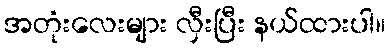
အတုံးလေးများ လှီးပြီး နယ်ထားပါ။